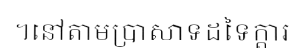
។នៅតាមប្រាសាទដទៃក្តារ